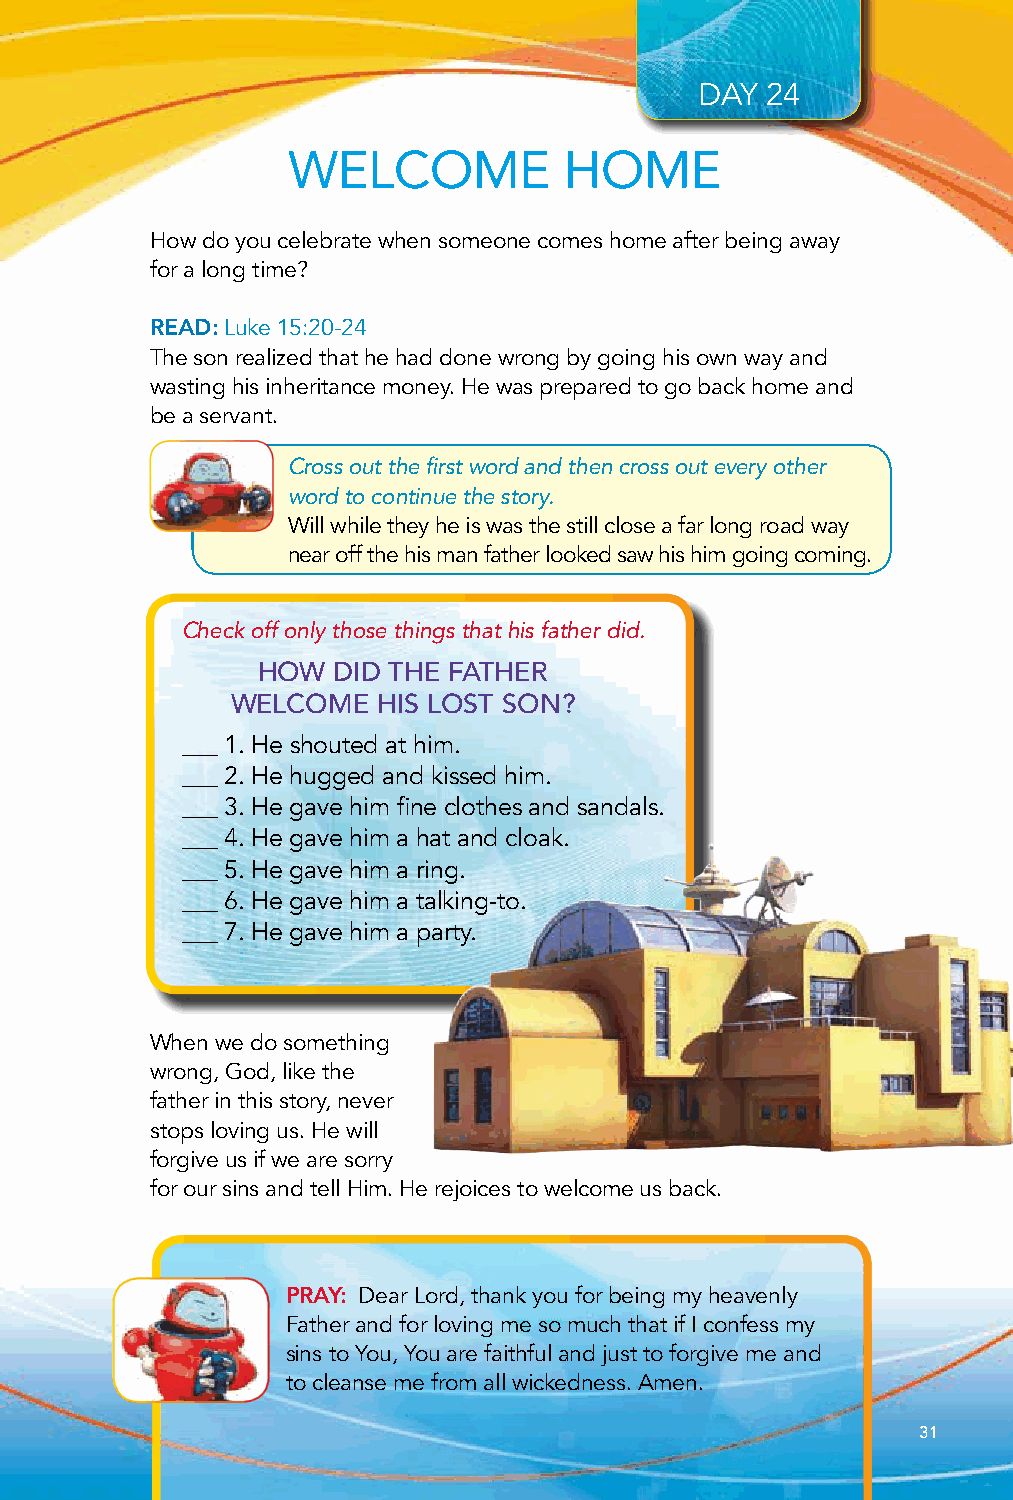
DAY  24
 WELCOME           HOME
 How do you celebrate when someone comes home after being away
 for a long time?
 READ: Luke 15:20-24
 The son realized that he had done wrong by going his own way and
 wasting his inheritance money. He was prepared to go back home and
 be a servant.
 Cross out the first word and then cross out every other
 word to continue the story.
 Will while they he is was the still close a far long road way
 near off the his man father looked saw his him going coming.
 Check off only those things that his father did.
 HOW  DID THE FATHER
 WELCOME   HIS LOST SON?
 ___ 1. He shouted at him.
 ___ 2. He hugged and kissed him.
 ___ 3. He gave him fine clothes and sandals.
 ___ 4. He gave him a hat and cloak.
 ___ 5. He gave him a ring.
 ___ 6. He gave him a talking-to.
 ___ 7. He gave him a party.
 When we do something
 wrong, God, like the
 father in this story, never
 stops loving us. He will
 forgive us if we are sorry
 for our sins and tell Him. He rejoices to welcome us back.
 PRAY: Dear Lord, thank you for being my heavenly
 Father and for loving me so much that if I confess my
 sins to You, You are faithful and just to forgive me and
 to cleanse me from all wickedness. Amen.
 31